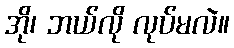
အို၊ ဘယ်လို လုပ်မလဲ။